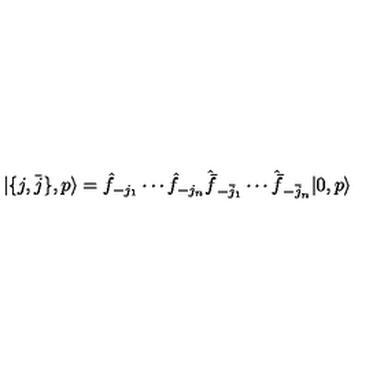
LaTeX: | \{ j , \bar { j } \} , p \rangle = \hat { f } _ { - j _ { 1 } } \cdots \hat { f } _ { - j _ { n } } \hat { \bar { f } } _ { - \bar { j } _ { 1 } } \cdots \hat { \bar { f } } _ { - \bar { j } _ { n } } | 0 , p \rangle